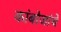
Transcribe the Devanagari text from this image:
कांबोजांचे